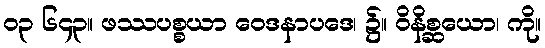
၀၃ ၆၄၃။ ဖဿပစ္စယာ ဝေဒနာပဒေ၊ ၌။ ဝိနိစ္ဆယော၊ ကို။